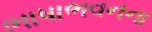
ભાષાભવનના